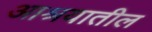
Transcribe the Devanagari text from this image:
आश्रयातील